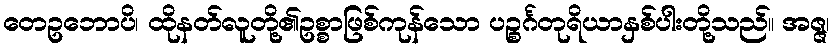
တေဥဘောပိ၊ ထိုနတ်လူတို့၏ဥစ္စာဖြစ်ကုန်သော ပဉ္စင်္ဂတုရိယာနှစ်ပါးတို့သည်။ အဇ္ဇ၊